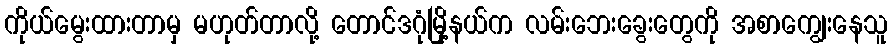
ကိုယ်မွေးထားတာမှ မဟုတ်တာလို့ တောင်ဒဂုံမြို့နယ်က လမ်းဘေးခွေးတွေကို အစာကျွေးနေသူ